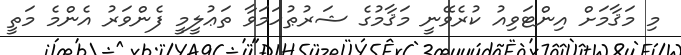
މި މަޤާމަށް އިންޓަވިއު ކުރެވޭނީ މަޤާމުގެ ޝަރުޠުހަމަވާ ތަޢުލީމީ ފެންވަރު އެންމެ މަތީ